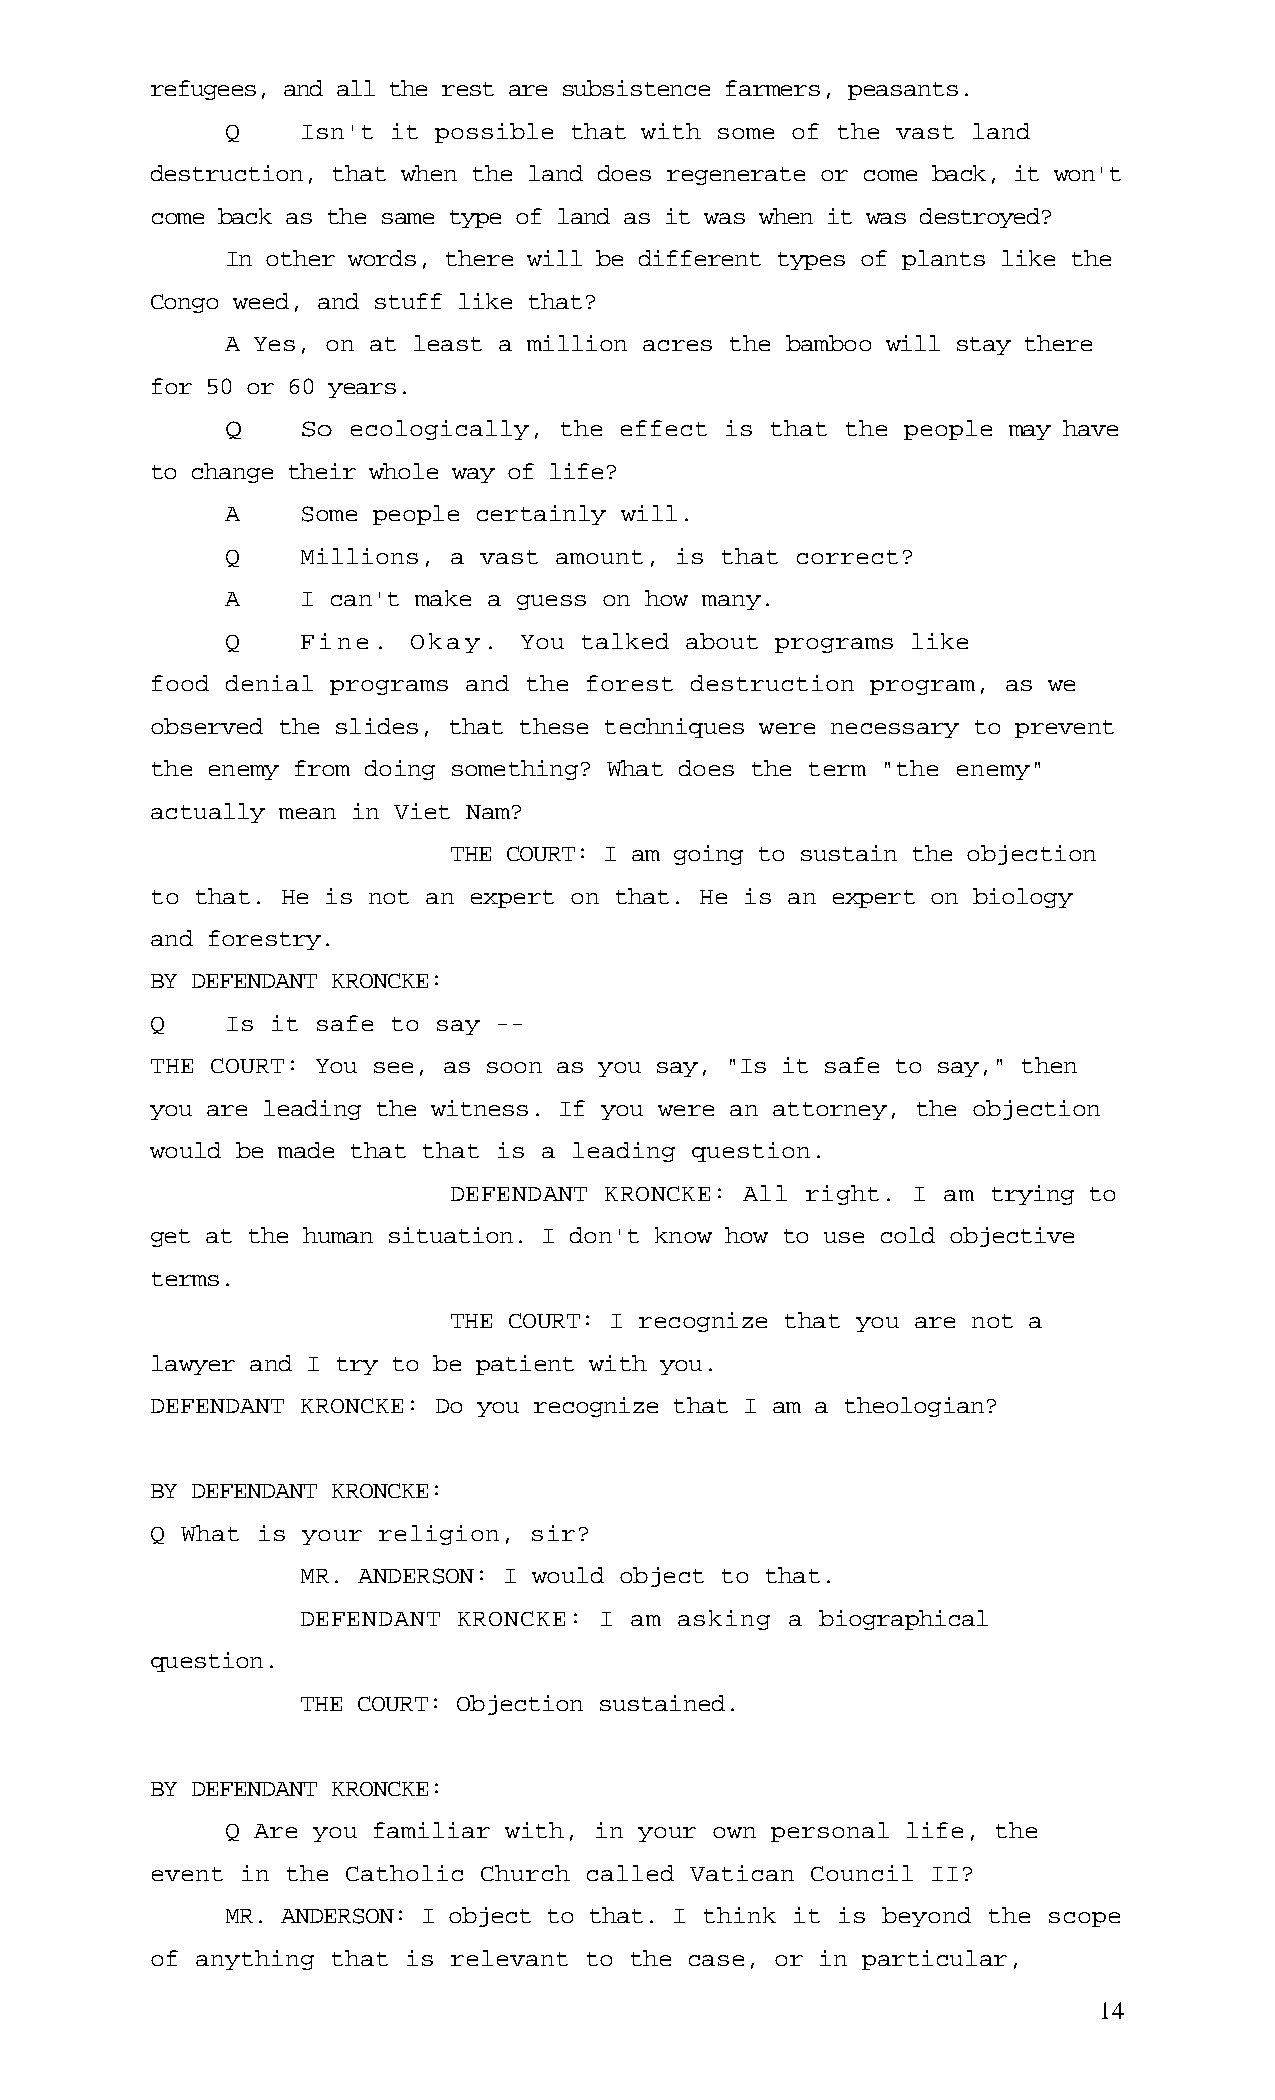
refugees, and all the rest are subsistence farmers, peasants.
 Q    Isn't it possible that with some of the vast land
 destruction, that when the land does regenerate or come back, it won't
 come back as the same type of land as it was when it was destroyed?
 In other words, there will be different types of plants like the
 Congo weed, and stuff like that?
 A Yes, on at least a million acres the bamboo will stay there
 for 50 or 60 years.
 Q    So ecologically, the effect is that the people may have
 to change their whole way of life?
 A    Some people certainly will.
 Q    Millions, a vast amount, is that correct?
 A    I can't make a guess on how many.
 Q    Fine.  Okay.  You talked about programs like
 food denial programs and the forest destruction program, as we
 observed the slides, that these techniques were necessary to prevent
 the enemy from doing something? What does the term "the enemy"
 actually mean in Viet Nam?
 THE COURT: I am going to sustain the objection
 to that. He is not an expert on that. He is an expert on biology
 and forestry.
 BY DEFENDANT KRONCKE:
 Q    Is it safe to say --
 THE COURT: You see, as soon as you say, "Is it safe to say," then
 you are leading the witness. If you were an attorney, the objection
 would be made that that is a leading question.
 DEFENDANT KRONCKE: All right. I am  trying to
 get at the human situation. I don't know how to use cold objective
 terms.
 THE COURT: I recognize that you are not a
 lawyer and I try to be patient with you.
 DEFENDANT KRONCKE: Do you recognize that I am a theologian?
 BY DEFENDANT KRONCKE:
 Q What is your religion, sir?
 MR. ANDERSON: I would object to that.
 DEFENDANT KRONCKE:  I am asking a biographical
 question.
 THE COURT: Objection sustained.
 BY DEFENDANT KRONCKE:
 Q Are you familiar with, in your own personal life, the
 event in the Catholic Church called Vatican Council II?
 MR. ANDERSON: I object to that. I think it is beyond the scope
 of anything that is relevant to the case, or in particular,
 14